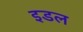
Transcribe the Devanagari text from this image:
इडल